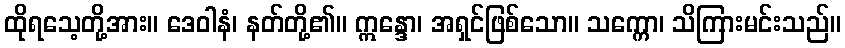
ထိုရသေ့တို့အား။ ဒေဝါနံ၊ နတ်တို့၏။ ဣန္ဒော၊ အရှင်ဖြစ်သော။ သက္ကော၊ သိကြားမင်းသည်။